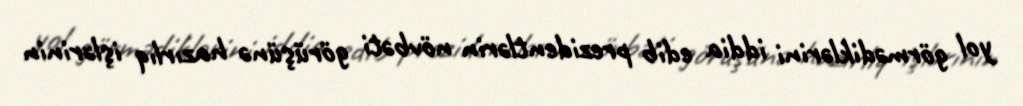
yol görmədiklərini iddia edib prezidentlərin növbəti görüşünə hazırlıq işlərinin